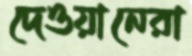
দেওয়ানেরা